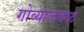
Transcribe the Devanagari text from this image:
गोव्याजवळ